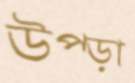
উপ্‌ড়া